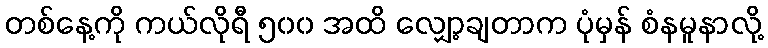
တစ်နေ့ကို ကယ်လိုရီ ၅၀၀ အထိ လျှော့ချတာက ပုံမှန် စံနမူနာလို့